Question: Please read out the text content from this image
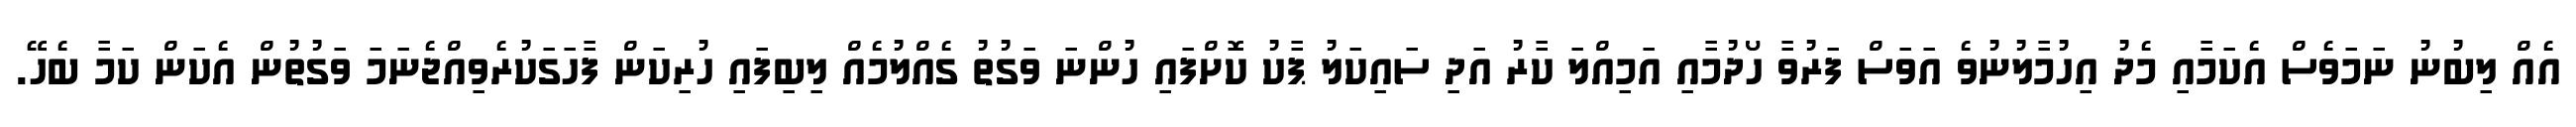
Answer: އެއް ލިބުނު ނަމަވެސް އެކަމާއި މެދު އިހުމާލުނުވެ އަވަސް ފަރުވާ ހޯދުމާއި އަމިއްލަ ކާރު އަދި ސައިކަލު ޕާކު ކޮށްފައި ހުންނަ ވަގުތު ގެއްލުމެއް ލިބިފައި ހުރިކަން ފާހަގަކުރެވިއްޖެނަމަ ވަގުތުން އެކަން ކަމާ ބެހޭ.